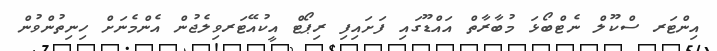
އިންޓަރ ސްކޫލް ނެޓްބޯޅަ މުބާރާތް އައްޑޫގައި ފަށައިފި ރިޕޯޓް އީކުއޭޓަރވިލެޖުން އެންމެނަށް ހިނިތުންވުން